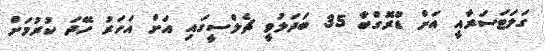
ގަލަޓަސަރާއީ އަށް ޑްރޮގްބާ 35 ބަދަލުވީ ޗެލްސީގައި އަށް އަހަރު ހޭދަ ކުރުމަށް